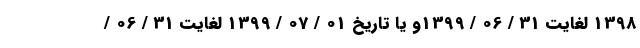
1398 لغایت 31 / 06 / 1399و یا تاریخ 01 / 07 / 1399 لغایت 31 / 06 /